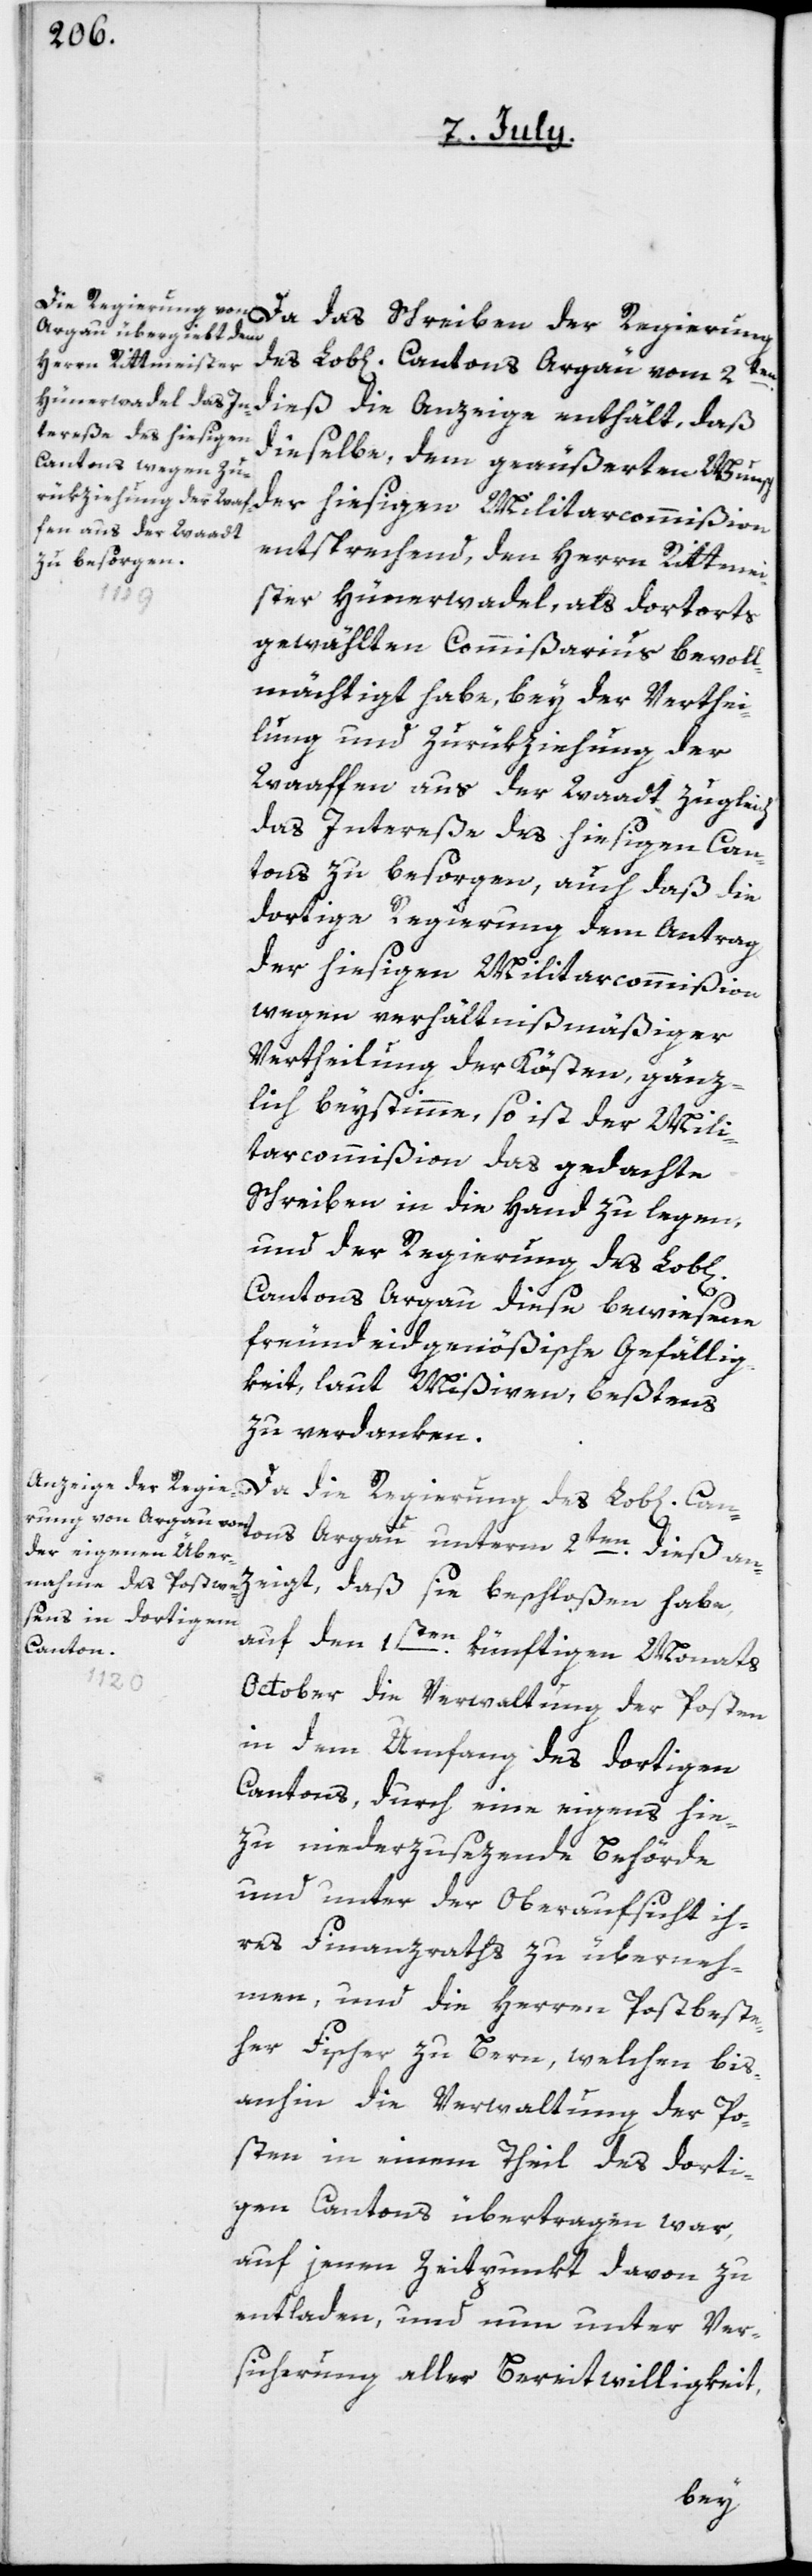
des Lob[lichen] Cantons Argau vom 2ten
dieselbe, dem geäußerten Wunsch
entsprechend, dem Herrn Rittmei¬
Can¬
ster Hünerwadel, als dortorts
gewählten Commißarius bevoll¬
mächtigt habe, bey der Verthei¬
lung und Zurükziehung der
Waaffen aus der Waadt zugleich
das Intereße des hiesigen Can¬
tons zu besorgen, auch daß die
dortige Regierung dem Antrag
der hiesigen Militarcommißion
wegen verhältnißmäßiger
Vertheilung der Kösten, gänz¬
lich beystimme, so ist der Mili¬
tarcommißion das gedachte
Schreiben in die Hand zu legen,
und der Regierung des Lob[li¬
Cantons Argau diese bewiesene
freundeidgenößische Gefällig¬
keit, laut Mißiven, beßtens
zu verdanken.
Da die Regierung des Lob[lichen]
tons Argau unterm 2ten dieß an¬
zeigt, daß sie beschloßen habe,
auf den 1sten künftigen Monats
October die Verwaltung der Posten
in dem Umfang des dortigen
Cantons, durch eine eigens hie¬
zu niederzusezende Behörde
und unter der Oberaufsicht ih¬
res Finanzraths zu überneh¬
men, und die Herren Postbeste¬
her Fischer zu Bern, welchen bis
anhin die Verwaltung der Po¬
sten in einem Theil des dorti¬
gen Cantons übertragen war,
auf jenen Zeitpunkt davon zu
entladen, und nun unter Ver¬
sicherung aller Bereitwilligkeit,